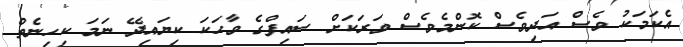
އެކަމަކު ވެސް އަދިވެސް ކޮންމެވެސް ވަރަކަށް ސައިފްގެ ވާހަކަ ކިޔައިދޭ ނަމަ ކިހިނެތް